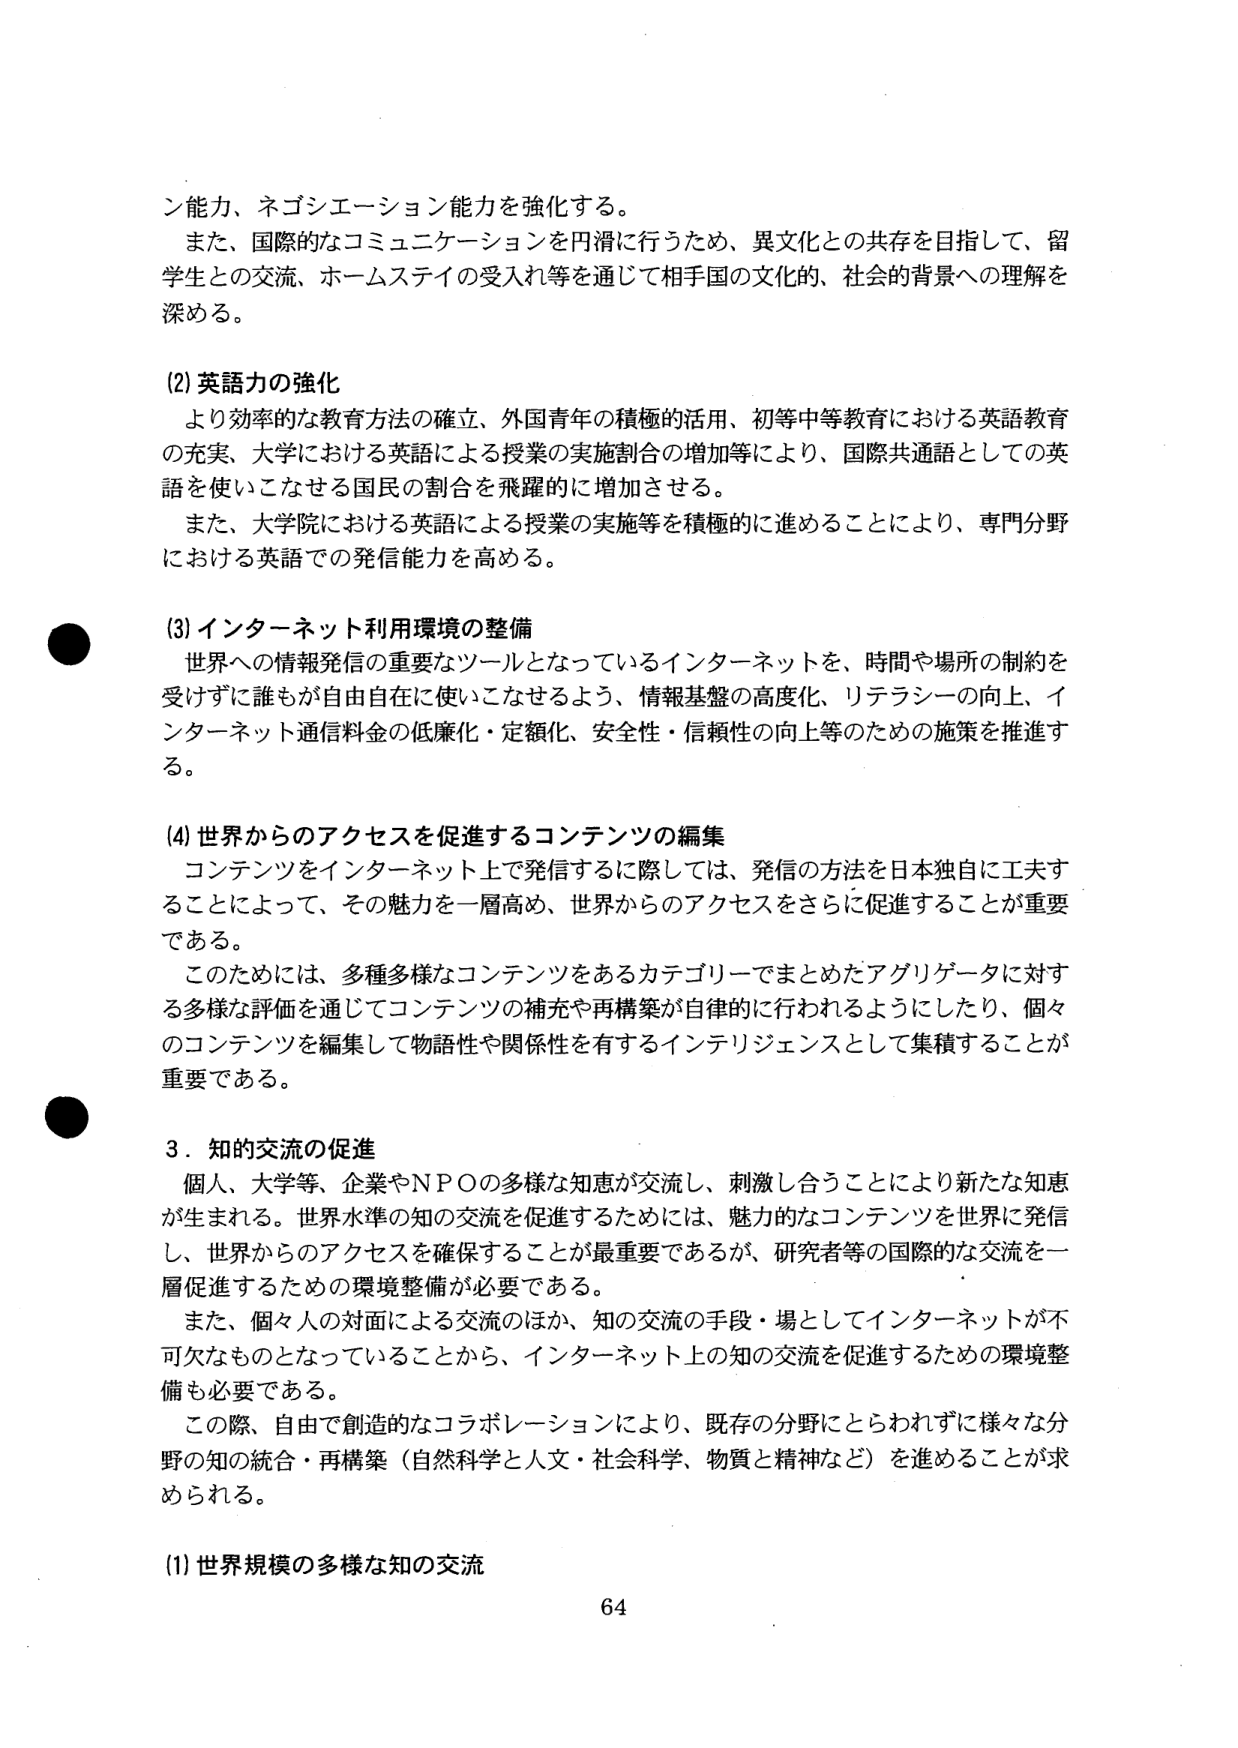
ン能力、ネゴシエーション能力を強化する。

また、国際的なコミュニケーションを円滑に行うため、異文化との共存を目指して、留学生との交流、ホームステイの受入れ等を通じて相手国の文化的、社会的背景への理解を深める。

(2) 英語力の強化
より効率的な教育方法の確立、外国青年の積極的活用、初等中等教育における英語教育の充実、大学における英語による授業の実施割合の増加等により、国際共通語としての英語を使いこなせる国民の割合を飛躍的に増加させる。
また、大学院における英語による授業の実施等を積極的に進めることにより、専門分野における英語での発信能力を高める。

(3) インターネット利用環境の整備
世界への情報発信の重要なツールとなっているインターネットを、時間や場所の制約を受けずに誰もが自由自在に使いこなせるよう、情報基盤の高度化、リテラシーの向上、インターネット通信料金の低廉化・定額化、安全性・信頼性の向上等のための施策を推進する。

(4) 世界からのアクセスを促進するコンテンツの編集
コンテンツをインターネット上で発信するに際しては、発信の方法を日本独自に工夫することによって、その魅力を一層高め、世界からのアクセスをさらに促進することが重要である。
このためには、多種多様なコンテンツをあるカテゴリーでまとめたアグリゲータに対する多様な評価を通じてコンテンツの補充や再構築が自律的に行われるようにしたり、個々のコンテンツを編集して物語性や関係性を有するインテリジェンスとして集積することが重要である。

3．知的交流の促進
個人、大学等、企業やＮＰＯの多様な知恵が交流し、刺激し合うことにより新たな知恵が生まれる。世界水準の知の交流を促進するためには、魅力的なコンテンツを世界に発信し、世界からのアクセスを確保することが最重要であるが、研究者等の国際的な交流を一層促進するための環境整備が必要である。
また、個々人の対面による交流のほか、知の交流の手段・場としてインターネットが不可欠なものとなっていることから、インターネット上の知の交流を促進するための環境整備も必要である。
この際、自由で創造的なコラボレーションにより、既存の分野にとらわれずに様々な分野の知の統合・再構築（自然科学と人文・社会科学、物質と精神など）を進めることが求められる。

(1) 世界規模の多様な知の交流

64